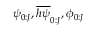
\psi _ { 0 : J } , \overline { { h \psi } } _ { 0 : J } , \phi _ { 0 : J }